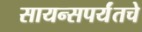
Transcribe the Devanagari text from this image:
सायन्सपर्यंतचे